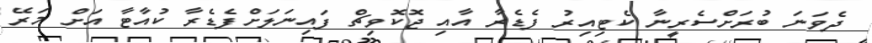
ދެވަނަ ބުރަށްސެރީނާ ކެޓިއިރު ފެޑެރާ އާއި ޖޮކޮވިޗް ފައިނަލަށްފެޑެރާ ކުއާޓާ އަށް މަރޭ